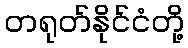
တရုတ်နိုင်ငံတို့